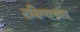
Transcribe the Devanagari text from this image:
दक्षिणात्तात्